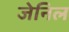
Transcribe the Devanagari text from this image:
जेनिल